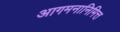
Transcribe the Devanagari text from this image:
आगमनानिमित्त